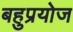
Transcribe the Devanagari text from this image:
बहुप्रयोज